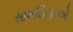
સામયિકોએ